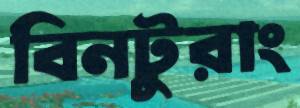
বিনটুরাং